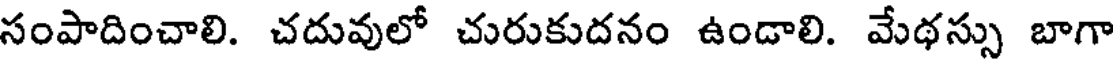
సంపాదించాలి. చదువులో చురుకుదనం ఉండాలి. మేథస్సు బాగా